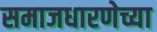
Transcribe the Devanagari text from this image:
समाजधारणेच्या